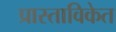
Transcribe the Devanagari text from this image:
प्रास्ताविकेत